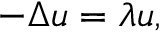
- \Delta u = \lambda u ,